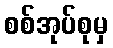
စစ်အုပ်စုမှ